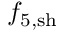
{ f } _ { 5 , \mathrm { s h } }